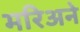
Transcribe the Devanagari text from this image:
मरिअने